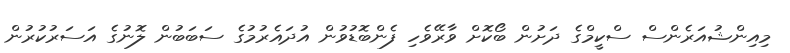
މިއިންޝުއަރެންސް ސްކީމްގެ ދަށުން ބޯކޮށް ވާރޭވެހި ފެންބޮޑުވުން އުދައެރުމުގެ ސަބަބުން ލޮނުގެ އަސަރުކުރުން